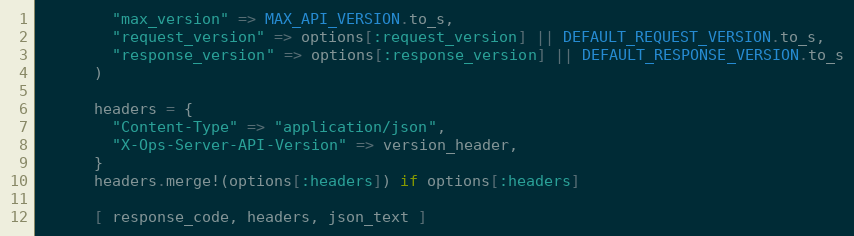
Language: Ruby
        "max_version" => MAX_API_VERSION.to_s,
        "request_version" => options[:request_version] || DEFAULT_REQUEST_VERSION.to_s,
        "response_version" => options[:response_version] || DEFAULT_RESPONSE_VERSION.to_s
      )

      headers = {
        "Content-Type" => "application/json",
        "X-Ops-Server-API-Version" => version_header,
      }
      headers.merge!(options[:headers]) if options[:headers]

      [ response_code, headers, json_text ]